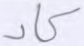
كاد